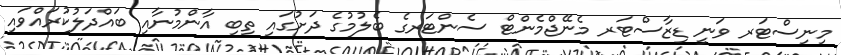
މިނިސްޓަރ ވަނީ ޑިޒާސްޓަރ މެނޭޖްމެންޓް ސެންޓަރގެ ބެލުމުގެ ދަށުގައި ތިބި އާންމުނާއި ބައްދަލުކުރައްވައި